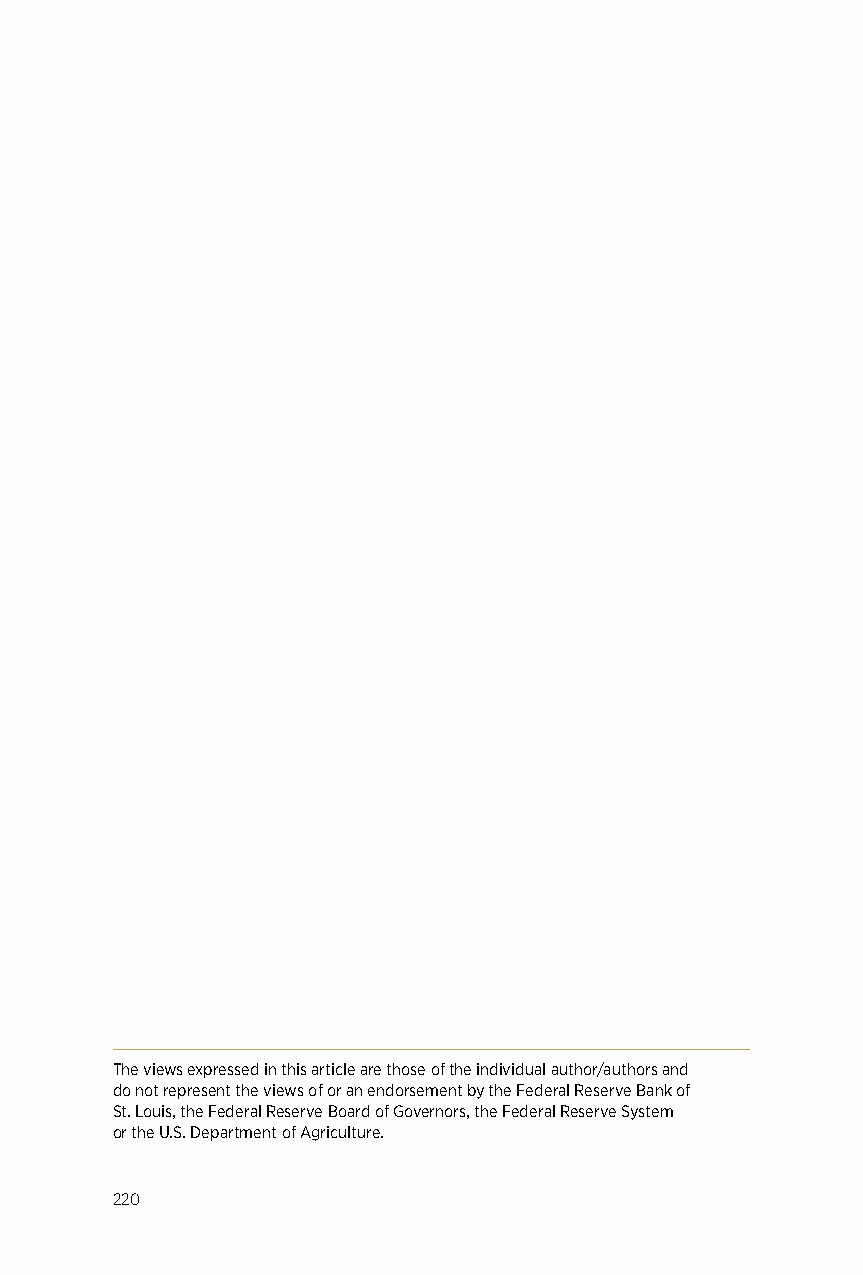
The views expressed in this article are those of the individual author/authors and
 do not represent the views of or an endorsement by the Federal Reserve Bank of
 St. Louis, the Federal Reserve Board of Governors, the Federal Reserve System
 or the U.S. Department of Agriculture.
 220